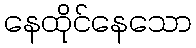
နေထိုင်နေသော